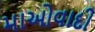
માઓવાદી